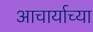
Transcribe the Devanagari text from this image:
आचार्याच्या